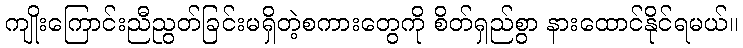
ကျိုးကြောင်းညီညွတ်ခြင်းမရှိတဲ့စကားတွေကို စိတ်ရှည်စွာ နားထောင်နိုင်ရမယ်။